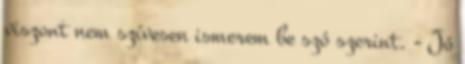
viszont nem szívesen ismerem be szó szerint. - Jó